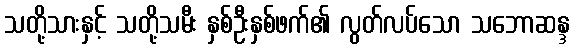
သတို့သားနှင့် သတို့သမီး နှစ်ဦးနှစ်ဖက်၏ လွတ်လပ်သော သဘောဆန္ဒ